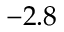
- 2 . 8